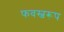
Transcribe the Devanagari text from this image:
फवस्वरूप